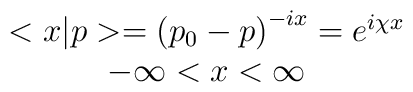
\begin{array}{c}<x|p>=\left( p_0-p\right) ^{-ix}=e^{i\chi x} \\-\infty <x<\infty\end{array}